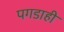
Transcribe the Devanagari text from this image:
पगडाही